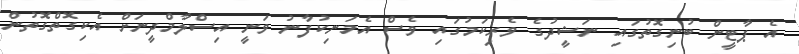
އެ ޕާޓީން ބުނިގޮތުގައި ނަޝީދުގެ ވެރިކަމުގައި ވެސް އެމަނިކުފާނު ވަނީ އިސްލާމްދީނަށް އެކިގޮތްގޮތުން